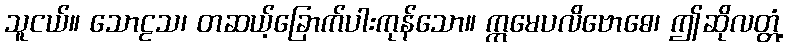
သူငယ်။ သောဠသ၊ တဆယ့်ခြောက်ပါးကုန်သော။ ဣမေပလိဗောဓေ၊ ဤဆိုလတ္တံ့